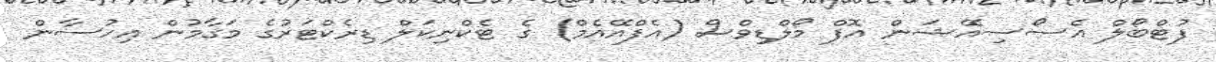
ފުޓްބޯލް އެސޯސިއޭޝަން އޮފް މޯލްޑިވްސް (އެފްއޭއެމް) ގެ ޓެކްނިކަލް ޑިރެކްޓަރުގެ މަގާމުން އިހުސާން